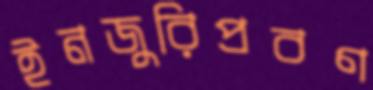
ইনজুরিপ্রবণ